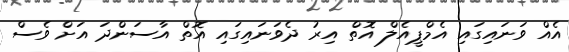
އެއް ވަނައިގައި އެމްޕީއެލް އޮތް އިރު ދެވަނައިގައި އޮތް އާސަންދަ އަށް ވެސް